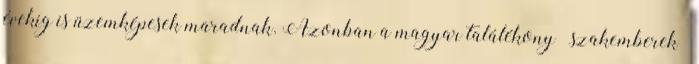
évekig is üzemképesek maradnak. Azonban a magyar találékony “szakemberek”